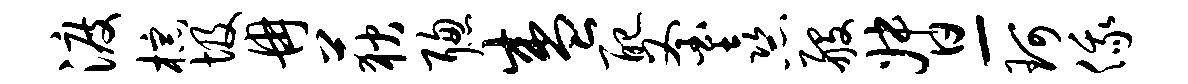
渡棕圾冉荻聪盛配釜熹般督-珂俄